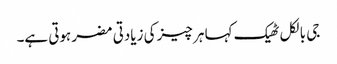
جی بالکل ٹھیک کہا ہر چیز کی زیادتی مضر ہوتی ہے۔